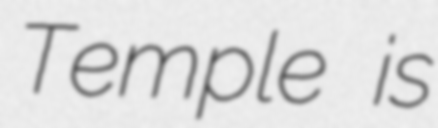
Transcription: Temple is